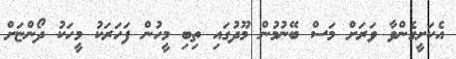
އެކަށީގެންވާ ވަރަށް މަސް ބޭނުމުން މޫދުގައި ތިބި މީހުން ފަހަރަކު މީހަކު ދޯންޏަށް